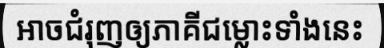
អាចជំរុញឲ្យភាគីជម្លោះទាំងនេះ